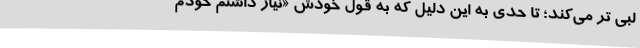
لبی تر می‌کند؛ تا حدی به این دلیل که به قول خودش «نیاز داشتم خودم